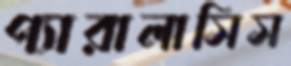
প্যারালাসিস